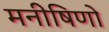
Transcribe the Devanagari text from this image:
मनीषिणो